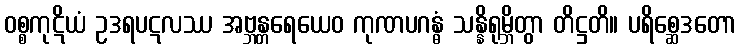
ဝစ္စကုဋိယံ ဥဒရပဋလဿ အဗ္ဘန္တရေယေဝ ကုဏပဂန္ဓံ သန္နိရုမ္ဘိတွာ တိဋ္ဌတိ။ ပရိစ္ဆေဒတော